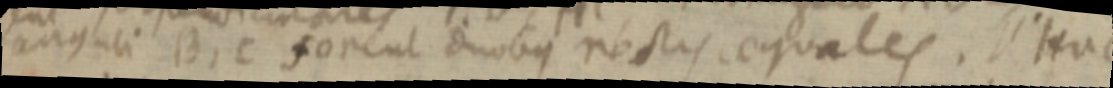
anguli B, C forent duobus rectis aequales. Hac